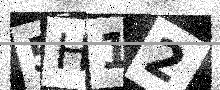
Text: 5H12